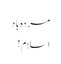
مردہ باد
اسلام !